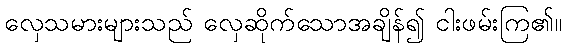
လှေသမားများသည် လှေဆိုက်သောအချိန်၍ ငါးဖမ်းကြ၏။